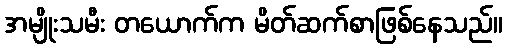
အမျိုးသမီး တယောက်က မိတ်ဆက်စာဖြစ်နေသည်။